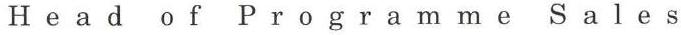
Head of Programme Sales